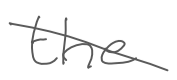
Text: the
Cross-out: diagonal
Writing tool: digital_gray